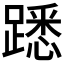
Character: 𨄠